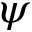
\psi